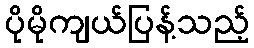
ပိုမိုကျယ်ပြန့်သည့်